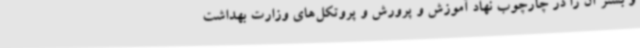
و بستر آن را در چارچوب نهاد آموزش و پرورش و پروتکل‌های وزارت بهداشت